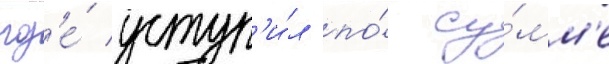
гд'е́ уступ'и́л по́ су́мм'е